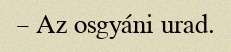
– Az osgyáni urad.